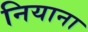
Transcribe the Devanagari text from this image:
नियाना